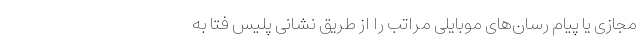
مجازی یا پیام رسان‌های موبایلی مراتب را از طریق نشانی پلیس فتا به